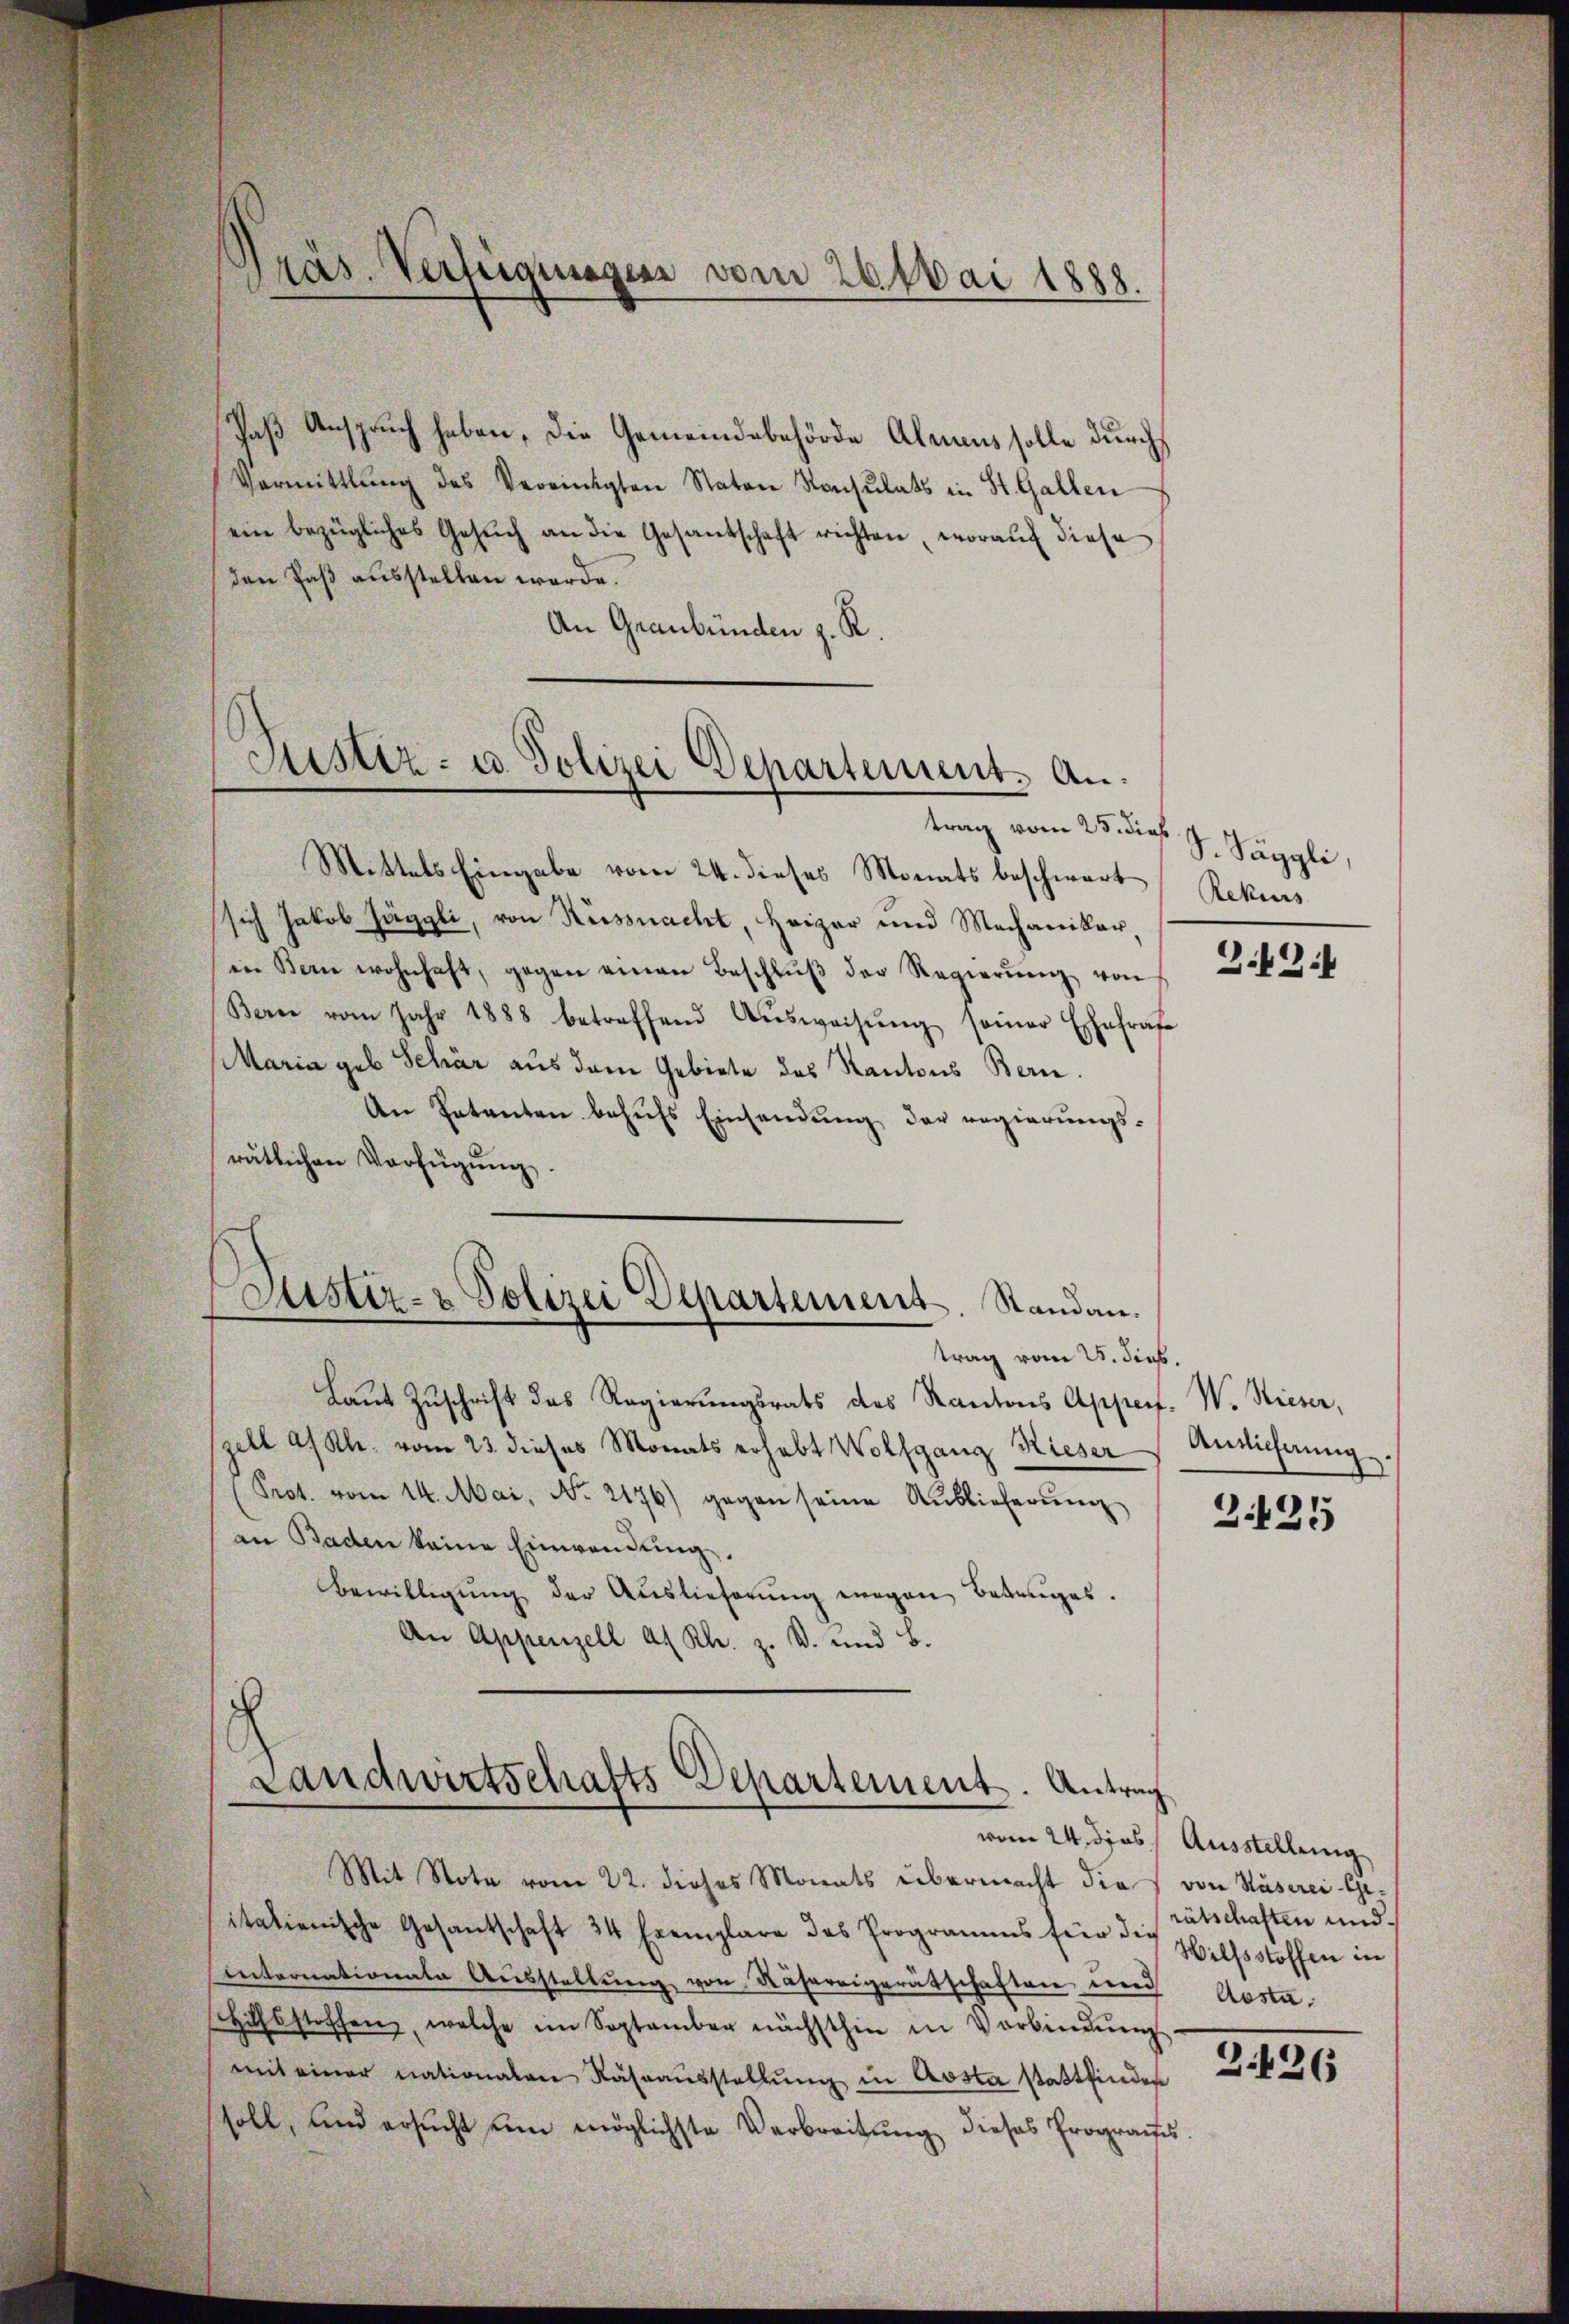
Paß Anspruch haben, die Gemeindebehörde Almaus solle durch
Vormittlung des Vereinigten Naton Konsulats in St. Gallen
ein bezügliches Gesŭch an die Gesandtschaft richten, worauf diese
den Paß ausstellen werde.
An Graubünden z. R.

Präs. Verfügungen vom 26. Mai 1888.

Justiz- u. Polizei Departement. An

trag vom 25. dies
Mittels Eingabe vom 24. dieses Monats beschwart Rekurs
sich Jakob Jäggli, von Küssnacht, Heizer und Mechaniker,
in Bern wohnhaft, gegen einen Beschlŭβ der Regierŭng von
Bern vom Jahr 1888 betreffend Aŭsweisŭng seiner Ehefrage
Maria geb. Schär aus dem Gebiete des Kantons Bern.
An Petenten behufs Einsendung der regierungsrätlichen Verfügung.
trag vom 25. dies.
laut Zuschrift des Regierungsrats des Kantons Apperf. W. Rieser,
szell a/ Kl. vom 23. dieses Monats erhebt Wolfgang Rieser
Prot. vom 14. Mai, No. 2176) gegen seine Auslieferung
an Baden keine Einwendung.
Bewilligŭng der Auslieferŭng eigen Betrages.
An Appenzell A. Rh. z. B. und B.
Landwirtschafts Departement. Antrag
vom 24. dies Ausstellung
Mit Note vom 22. dieses Monats übermacht die von Huserci-Geitalienische Gesantschaft 34 Exemplare des Programms für die Hilfsstoffen in
Internationate Aŭsstellŭng von Nähereigerätschaften und Aosta¬
Hilfsstoffen, welche im September nächsthin in Verbindŭng
mit einer nationalen Rahraŭsstellŭng in Aosta stattfinden
soll, und ersucht ein möglichste Verbreitung dieses Prograthes.

Justiz- & Polizei Departement. Standan

S. Päggli,

G. Zif

Antlichnung.

Z.125

rätschaften und

2426